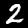
Label: 2